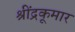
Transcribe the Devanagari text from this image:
श्रींद्रकूमार